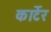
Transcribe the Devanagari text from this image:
कार्टेर